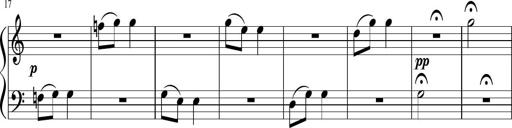
Title: 6 Instructive Sonatinas
Composer: Jacob Schmitt